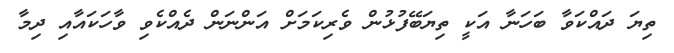
ތިޔަ ދައްކަވާ ބަހަނާ އަކީ ތިޔަބޭފުޅުން ވެރިކަމަށް އަންނަން ދެއްކެވި ވާހަކައާއި ދިމާ